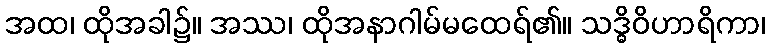
အထ၊ ထိုအခါ၌။ အဿ၊ ထိုအနာဂါမ်မထေရ်၏။ သဒ္ဓိဝိဟာရိကာ၊